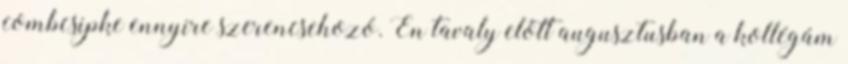
combcsipke ennyire szerencsehozó. Én tavaly előtt augusztusban a kollégám